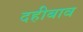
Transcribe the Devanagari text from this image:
दहीबाव